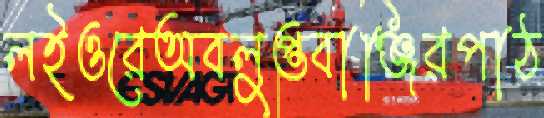
লইওরেঅবলুপ্তবাঞ্জিরপাঠ